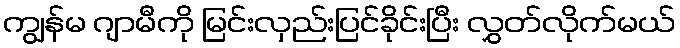
ကျွန်မ ဂျာမီကို မြင်းလှည်းပြင်ခိုင်းပြီး လွှတ်လိုက်မယ်